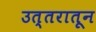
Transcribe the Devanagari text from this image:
उत्तरातून